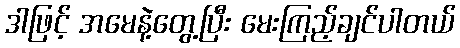
ဒါဖြင့် အမေနဲ့တွေ့ပြီး မေးကြည့်ချင်ပါတယ်